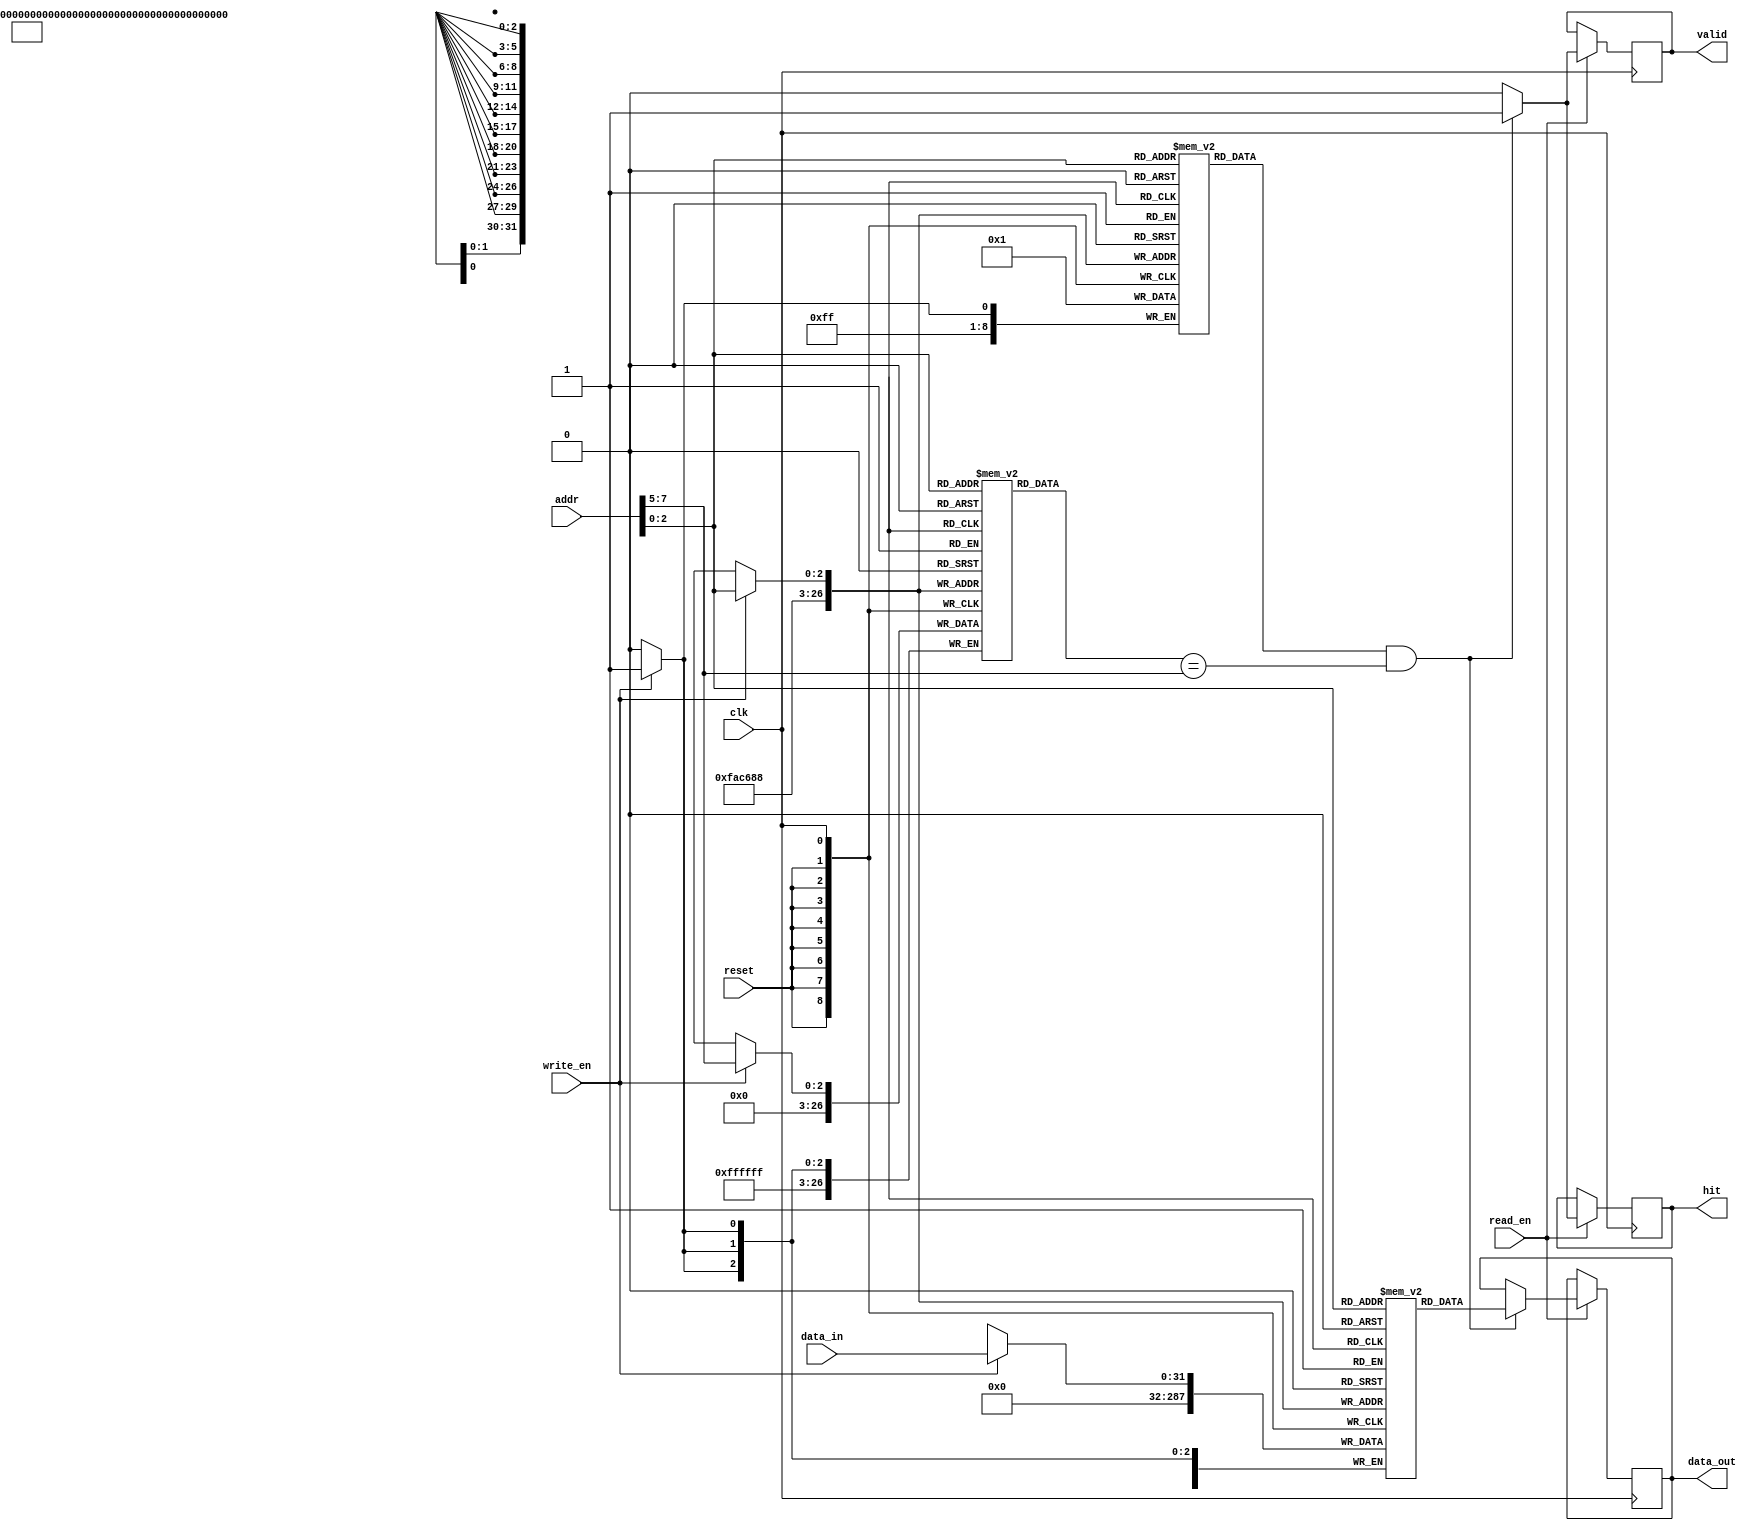
module PrivateCache #(
    parameter CACHE_SIZE = 256, // Total cache size in bytes
    parameter LINE_SIZE = 32,    // Size of each cache line in bytes
    parameter ADDR_WIDTH = 8,     // Address width (for 256 bytes)
    parameter DATA_WIDTH = 32     // Data width
)(
    input wire clk,
    input wire reset,
    input wire [ADDR_WIDTH-1:0] addr,  // Address for read/write
    input wire [DATA_WIDTH-1:0] data_in, // Data to write
    input wire read_en,                // Read enable
    input wire write_en,               // Write enable
    output reg [DATA_WIDTH-1:0] data_out, // Data read from cache
    output reg hit,                    // Cache hit signal
    output reg valid                   // Indicates if the output data is valid
);

localparam NUM_LINES = CACHE_SIZE / LINE_SIZE; // Number of cache lines
localparam TAG_WIDTH = ADDR_WIDTH - $clog2(LINE_SIZE); // Tag width

// Cache line structure
reg [TAG_WIDTH-1:0] tags [0:NUM_LINES-1]; // Tag array
reg [DATA_WIDTH-1:0] cache_data [0:NUM_LINES-1]; // Data array
reg valid_bits [0:NUM_LINES-1]; // Valid bits

// Index calculation
wire [ADDR_WIDTH-1:0] index = addr[$clog2(LINE_SIZE)-1:0]; // Cache index
wire [TAG_WIDTH-1:0] tag = addr[ADDR_WIDTH-1: $clog2(LINE_SIZE)]; // Tag

// Initializing cache
integer i;
always @(posedge reset) begin
    for (i = 0; i < NUM_LINES; i = i + 1) begin
        valid_bits[i] <= 1'b0; // Invalidate all lines
        tags[i] <= {TAG_WIDTH{1'b0}}; // Clear all tags
        cache_data[i] <= {DATA_WIDTH{1'b0}}; // Clear all data
    end
end

// Read and Write operations
always @(posedge clk) begin
    if (read_en) begin
        if (valid_bits[index] && tags[index] == tag) begin
            // Cache hit
            data_out <= cache_data[index];
            hit <= 1'b1;
            valid <= 1'b1;
        end else begin
            // Cache miss
            hit <= 1'b0;
            valid <= 1'b0;
        end
    end

    if (write_en) begin
        // Write data to cache
        cache_data[index] <= data_in;
        tags[index] <= tag;
        valid_bits[index] <= 1'b1; // Mark line as valid
    end
end

endmodule